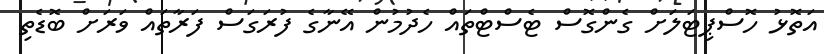
އަތޮޅު ހޮސްޕިޓަލަށް ގެންގޮސް ޓެސްޓްތައް ހެދުމުން އޭނާގެ ފުރަގަސް ފަރާތައް ވަރަށް ބޮޑެތި